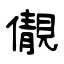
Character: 儬